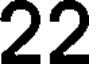
22